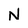
Character: N